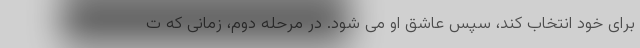
برای خود انتخاب کند، سپس عاشق او می شود. در مرحله دوم، زمانی که ت